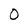
Character: 0